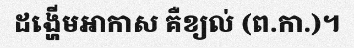
ដង្ហើមអាកាស គឺខ្យល់ (ព.កា.)។